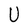
Character: U